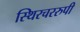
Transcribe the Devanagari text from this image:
स्थिरचररुपी